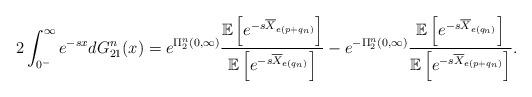
LaTeX: \begin{align*}2\int_{0^-}^{\infty}e^{-s x}dG^n_{21}(x)=e^{\Pi^n_2(0,\infty)}\frac{\mathbb E\left[e^{-s\overline{X}_{e(p+q_n)}}\right]}{\mathbb E\left[e^{-s\overline{X}_{e(q_n)}}\right]}-e^{-\Pi^n_2(0,\infty)}\frac{\mathbb E\left[e^{-s\overline{X}_{e(q_n)}}\right]}{\mathbb E\left[e^{-s\overline{X}_{e(p+q_n)}}\right]}.\end{align*}